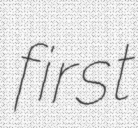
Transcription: first